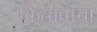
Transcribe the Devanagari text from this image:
किताबाचा